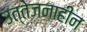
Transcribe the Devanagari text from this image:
उत्तेजनाहीन